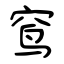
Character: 窎